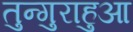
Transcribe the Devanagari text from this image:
तुन्गुराहुआ